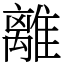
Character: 離